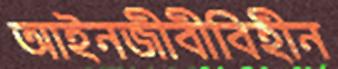
আইনজীবীবিহীন